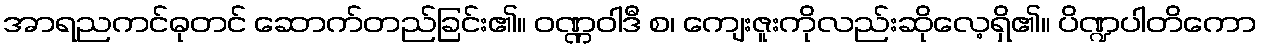
အာရညကင်ဓုတင် ဆောက်တည်ခြင်း၏။ ဝဏ္ဏဝါဒီ စ၊ ကျေးဇူးကိုလည်းဆိုလေ့ရှိ၏။ ပိဏ္ဍပါတိကော